Lunatic asylums Central Provinces reports 1886-1894 - 1886-1894
Year: 1886
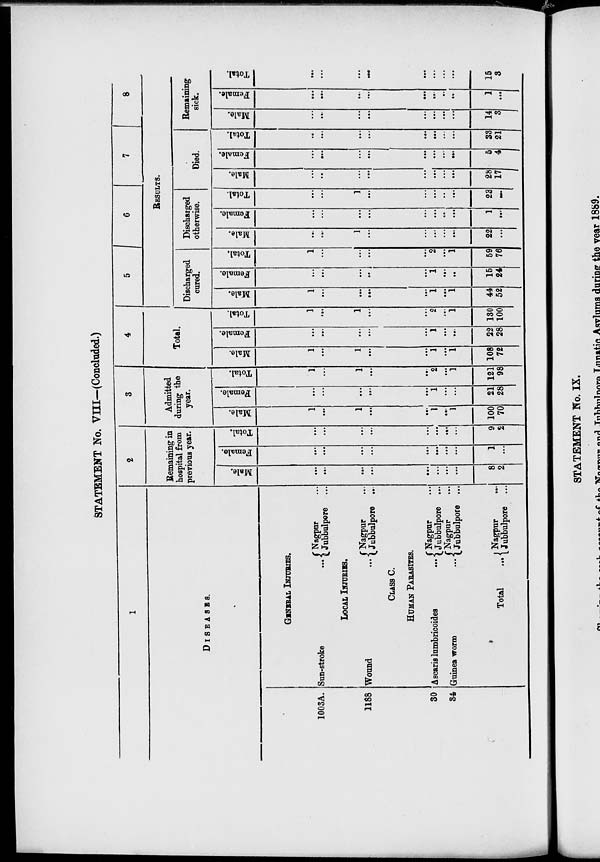
STATEMENT No. VIII—(Concluded.)
1
DISEASES.
1003A.
1188
30
34
38
GENERAL INJURIES.
Sun-stroke ...
Nagpur ...
Jubbulpore ...
LOCAL INJURIES.
Wound ...
Nagpur ...
Jubbulpore ...
CLASS C.
HUMAN PARASITES.
Ascaris lumbricoides
...
Guinea worm
...
Total ...
Nagpur ...
Jubbulpore ...
Nagpur ...
Jubbulpore ...
Nagpur
...
Jubbulpore ...
2
Remaining in
hospital from
previous year.
Male.
...
...
...
...
...
...
...
...
8
2
Female.
...
...
...
...
...
...
...
...
1
...
Total.
...
...
...
...
...
...
...
...
9
2
3
Admitted
during the
year.
Male.
1
...
1
...
...
1
...
1
100
70
Female.
...
...
...
...
...
1
...
...
21
28
Total.
1
...
1
...
...
2
...
1
121
98
4
Total.
Male.
1
...
1
...
...
1
...
1
108
72
Female.
...
...
...
...
...
1
...
...
22
28
Total.
1
...
1
...
...
2
...
1
130
100
5
6
7
8
RESULTS.
Discharged
cured.
Male.
1
...
...
...
...
1
...
1
44
52
Female.
...
...
...
...
...
1
...
...
15
24
Total.
1
...
...
...
...
2
...
1
59
76
Discharged
otherwise.
Male.
...
...
1
...
...
...
...
...
22
...
Female.
...
...
...
...
...
...
...
...
1
...
Total.
...
...
1
...
...
...
...
...
23
...
Died.
Male.
...
...
...
...
...
...
...
...
28
17
Female.
...
...
...
...
...
...
...
...
5
4
Total.
...
...
...
...
...
...
...
...
33
21
Remaining
sick.
Male.
...
...
...
...
...
...
...
...
14
3
Female.
...
...
...
...
...
...
...
...
1
...
Total.
...
...
...
...
...
...
...
...
15
3